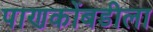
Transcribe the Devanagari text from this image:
पाणकोंबडीला